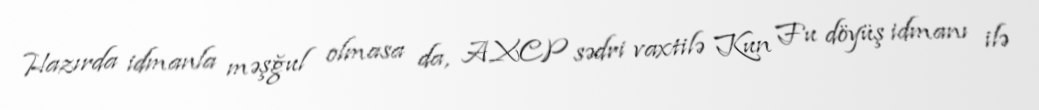
Hazırda idmanla məşğul olmasa da, AXCP sədri vaxtilə Kun Fu döyüş idmanı ilə